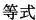
等式